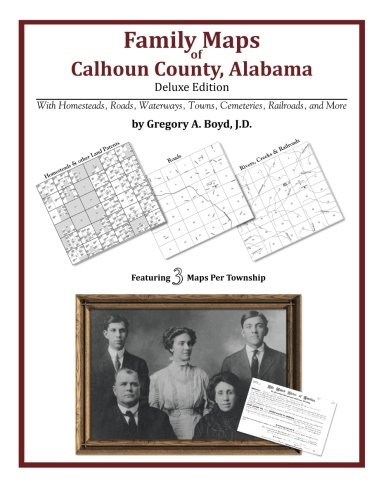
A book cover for Family Maps of Calhoun County, Alabama,  Deluxe Edition; Gregory A Boyd J.D.; Reference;